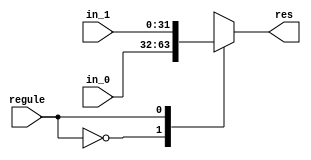
`timescale 1ns/1ns

module mux_32 (
	input [31:0]in_0,
	input [31:0]in_1,
	input regule,
	output reg[31:0]res
);

always @* begin
	case (regule)
		1'b0:
		begin
			res <= in_0;
		end
		1'b1:
		begin
			res <= in_1;
		end
	endcase
end

endmodule